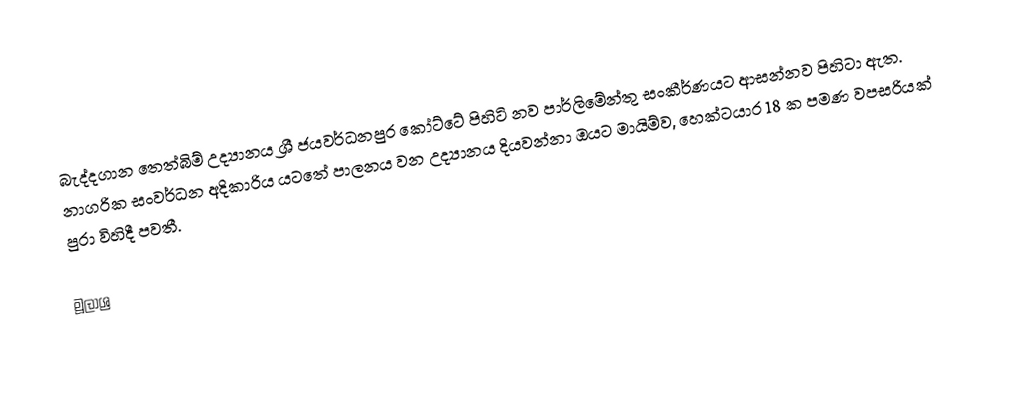
බැද්දගාන තෙත්බිම් උද්‍යානය ශ්‍රී ජයවර්ධනපුර කෝට්ටේ පිහිටි නව පාර්ලිමේන්තු සංකීර්ණයට ආසන්නව පිහිටා ඇත. නාගරික සංවර්ධන අදිකාරිය යටතේ පාලනය වන උද්‍යානය දියවන්නා ඔයට මායිම්ව, හෙක්ටයාර 18 ක පමණ වපසරියක් පුරා විහිදී පවතී.

මූලාශ්‍ර